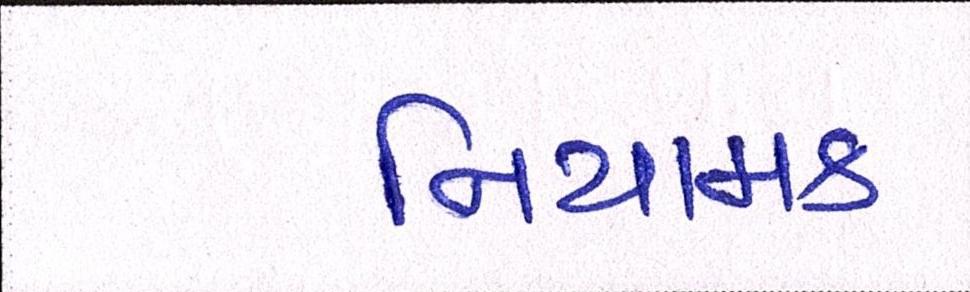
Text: નિયામક